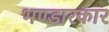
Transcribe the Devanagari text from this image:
भण्डारकार